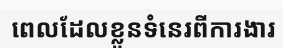
ពេលដែលខ្លួនទំនេរពីការងារ